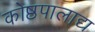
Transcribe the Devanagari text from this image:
कोष्ठपालाद्य